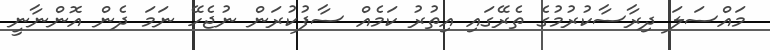
މައްސަލަ ދިރާސާކުރުމުގެ ތެރޭގައި އިތުރު ކަމެއް ސާފުކުރަން ނުޖެހޭ ނަމަ ދެން އޮންނާނީ